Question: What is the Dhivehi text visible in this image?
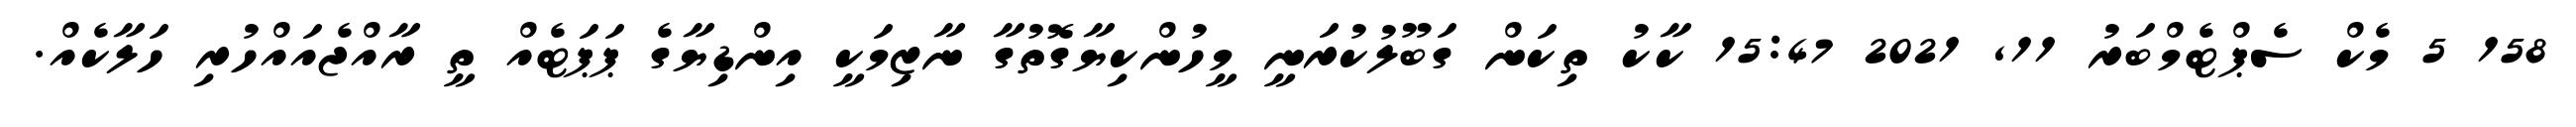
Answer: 158 5 މެކް ސެޕްޓެމްބަރު 11, 2021 15:47 ކާކު ތިކަން ގަބޫލުކުރަނީ މީހުންކިޔާގޮތުގާ ނާޒިމަކީ އިންޑިޔާގެ ޕަޕަޓެއް ތީ ރާއްޖެއައްހުރި ހަލާކެއް.